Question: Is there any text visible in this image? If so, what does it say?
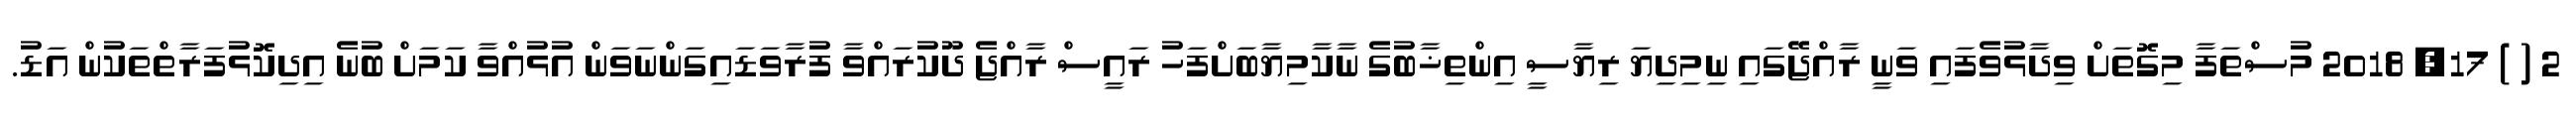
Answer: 2 ( ) 17, 2018 މުސްތަފާ މިގޮތަށް ވިދާޅުވެފައި ވަނީ ރާއްޖޭގައި ނިމިދިޔަ ރިޔާސީ އިންތިޚާބުގެ ނާކާމިޔާބަށްފަހު ރައީސް ރާއްޖެ ދޫކުރައްވާ ފުރާވަޑައިގަންނަވަން އުޅުއްވާ ކަމަށް ބުނެ އިދިކޮޅުފަރާތްތަކުން އަޑު.